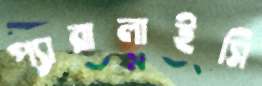
প্যারালাইসি